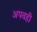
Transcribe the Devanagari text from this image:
अपवही